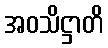
အဝသိဋ္ဌာတိ